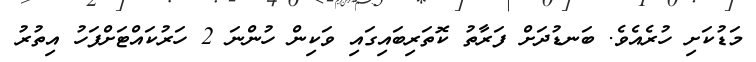
މަޑުކަށި ހުރެއެވެ. ބަނޑުދަށް ފަރާތު ކޮތަރިބައިގައި ވަކިން ހުންނަ 2 ހަރުކައްޓަށްފަހު އިތުރު